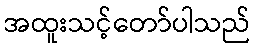
အထူးသင့်တော်ပါသည်